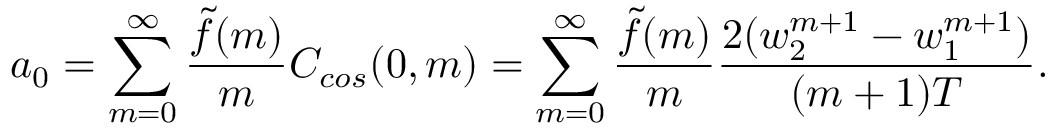
a _ { 0 } = \sum _ { m = 0 } ^ { \infty } \frac { \tilde { f } ( m ) } { m } C _ { c o s } ( 0 , m ) = \sum _ { m = 0 } ^ { \infty } \frac { \tilde { f } ( m ) } { m } \frac { 2 ( w _ { 2 } ^ { m + 1 } - w _ { 1 } ^ { m + 1 } ) } { ( m + 1 ) T } .